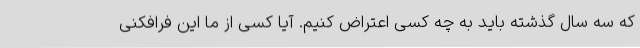
که سه سال گذشته باید به چه کسی اعتراض کنیم. آیا کسی از ما این فرافکنی